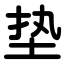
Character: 垫